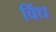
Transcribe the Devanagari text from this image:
विंध